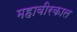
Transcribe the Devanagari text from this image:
महावीरकाल